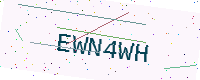
Text: EWN4WH